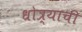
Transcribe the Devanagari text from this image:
धोत्र्याची